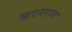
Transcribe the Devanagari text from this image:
ऋदयराम